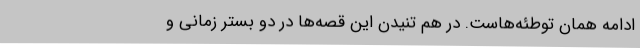
ادامه‌ همان توطئه‌هاست. در هم تنیدن این قصه‌ها در دو بستر زمانی و